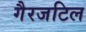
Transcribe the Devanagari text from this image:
गैरजटिल